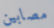
مصابين